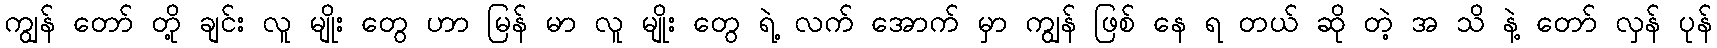
ကျွန် တော် တို့ ချင်း လူ မျိုး တွေ ဟာ မြန် မာ လူ မျိုး တွေ ရဲ့ လက် အောက် မှာ ကျွန် ဖြစ် နေ ရ တယ် ဆို တဲ့ အ သိ နဲ့ တော် လှန် ပုန်